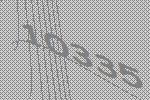
10335